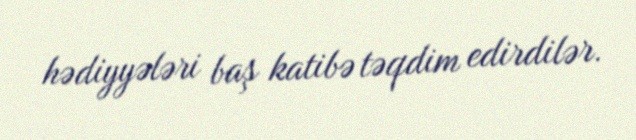
hədiyyələri baş katibə təqdim edirdilər.